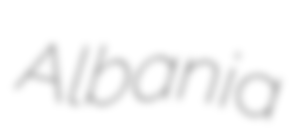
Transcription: Albania